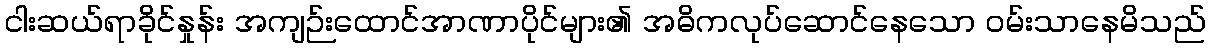
ငါးဆယ်ရာခိုင်နှုန်း အကျဉ်းထောင်အာဏာပိုင်များ၏ အဓိကလုပ်ဆောင်နေသော ဝမ်းသာနေမိသည်